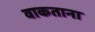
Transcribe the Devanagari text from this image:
वाकताना